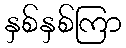
နှစ်နှစ်ကြာ